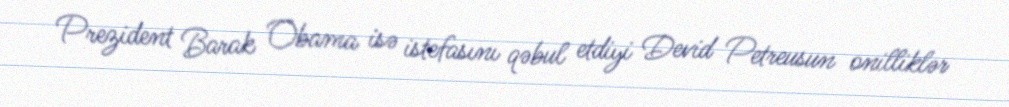
Prezident Barak Obama isə istefasını qəbul etdiyi Devid Petreusun onilliklər